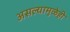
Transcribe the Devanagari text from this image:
असल्यामुळेही